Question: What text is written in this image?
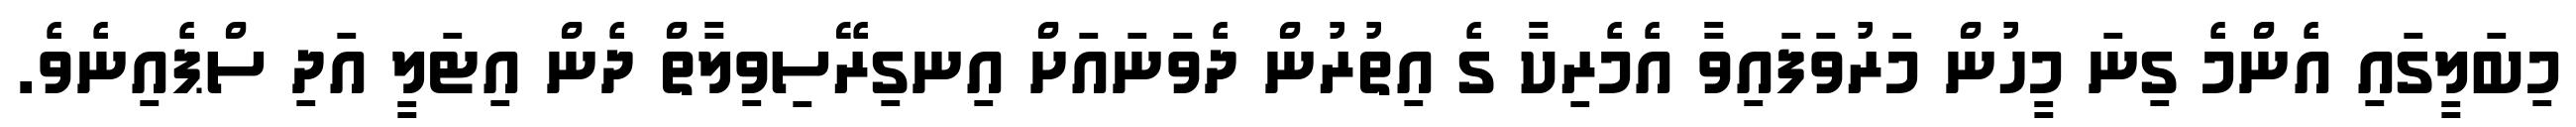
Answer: މިބަލީގައި އެންމެ ގިނަ މީހުން މަރުވަފައިވާ އެމެރިކާ ގެ އިތުރުން ދެވަނައަށް އިނގިރޭސިވިލާތް ދެން އިޓަލީ އަދި ސްޕެއިނެވެ.